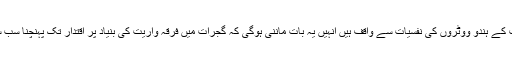
مگر جولوگ ریاست کے ہندو ووٹروں کی نفسیات سے واقف ہیں انہیں یہ بات ماننی ہوگی کہ گجرات میں فرقہ واریت کی بنیاد پر اقتدار تک پہنچنا سب سے زیادہ آسان ہے۔